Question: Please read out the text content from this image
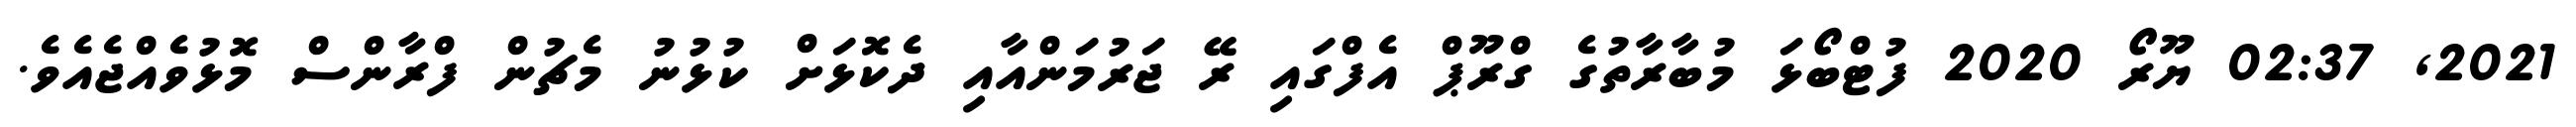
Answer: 2021, 02:37 ޔޫރޯ 2020 ފުޓްބޯޅަ މުބާރާތުގެ ގްރޫޕް އެފްގައި ރޭ ޖަރުމަންއާއި ދެކޮޅަށް ކުޅުނު މެޗުން ފްރާންސް މޮޅުވެއްޖެއެވެ.